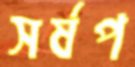
সর্ষপ